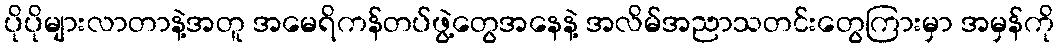
ပိုပိုများလာတာနဲ့အတူ အမေရိကန်တပ်ဖွဲ့တွေအနေနဲ့ အလိမ်အညာသတင်းတွေကြားမှာ အမှန်ကို